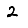
Digit: 2